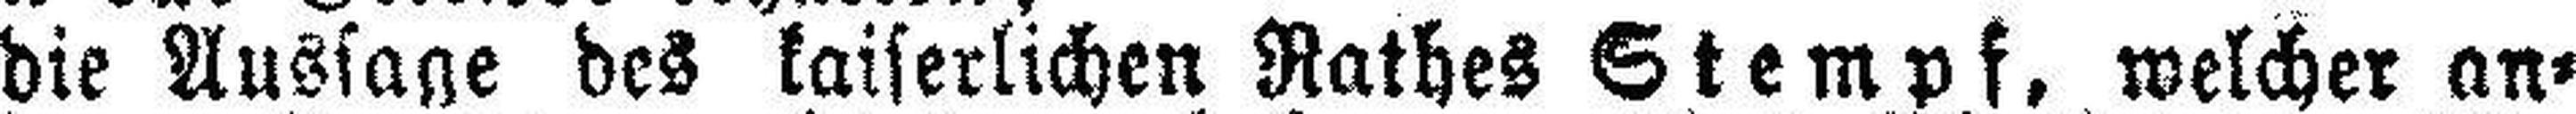
die Aussage des kaiserlichen Rathes Stempf, welcher an¬